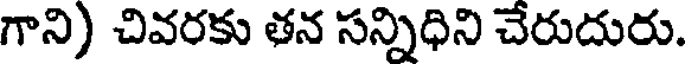
గాని) చివరకు తన సన్నిధిని చేరుదురు.